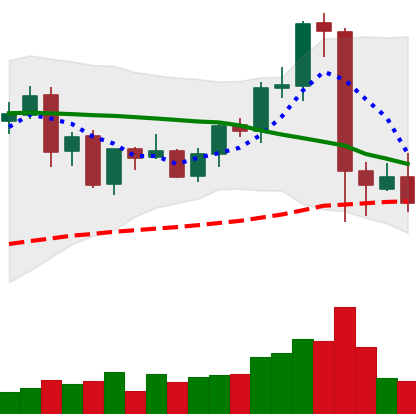
Ticker: EOS-USD
Chart end date: 2021-09-10
Forward return: 11.714%
Label: up_7plus